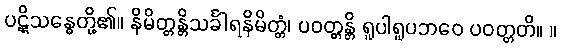
ပဋိုသန္ဓေတို့၏။ နိမိတ္တန္တိသင်္ခါရနိမိတ္တံ၊ ပဝတ္တန္တိ ရူပါရူပဘဝေ ပဝတ္တတိ။ ။